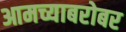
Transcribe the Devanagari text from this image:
आमच्याबरोबर